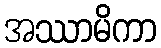
အဿာမိကာ